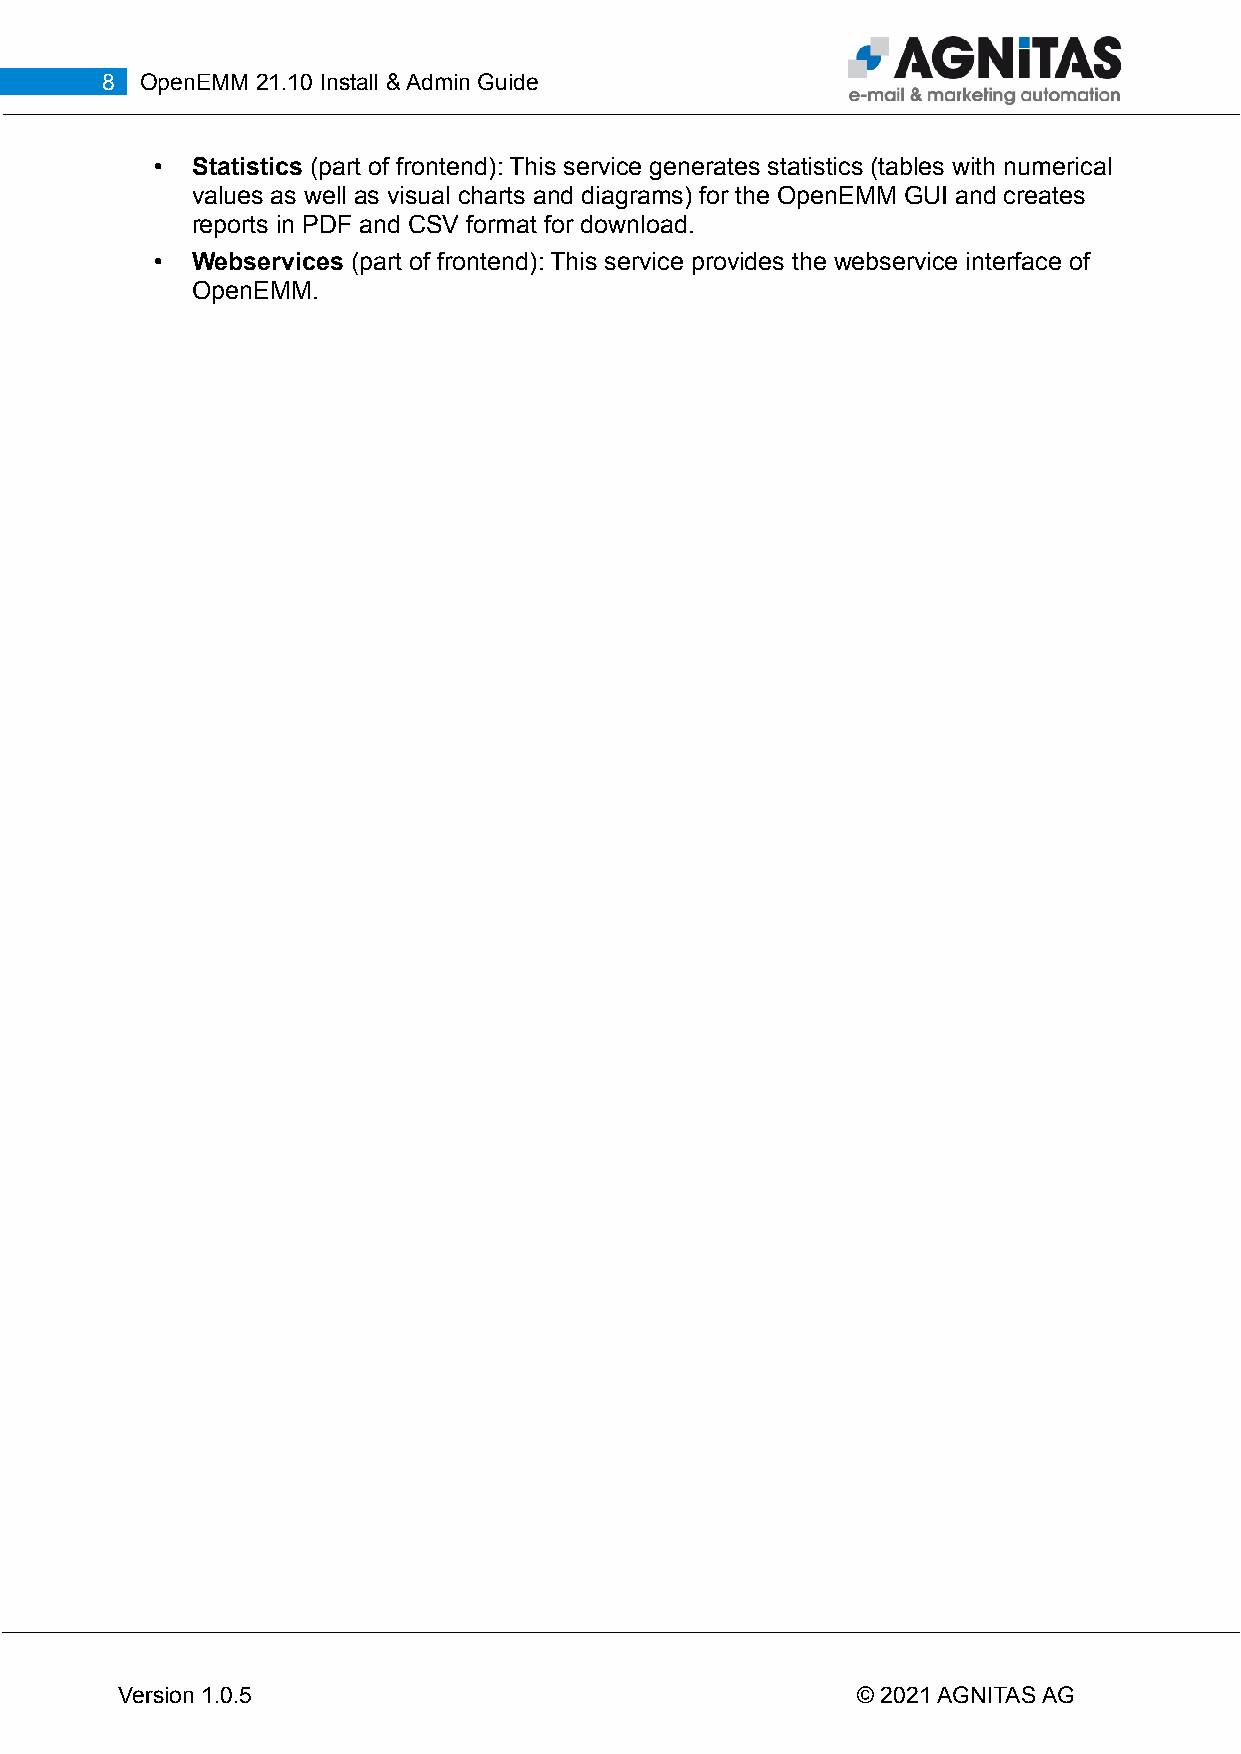
8 OpenEMM 21.10 Install & Admin Guide
 •  Statistics (part of frontend): This service generates statistics (tables with numerical
 values as well as visual charts and diagrams) for the OpenEMM GUI and creates
 reports in PDF and CSV format for download.
 •  Webservices (part of frontend): This service provides the webservice interface of
 OpenEMM.
 Version 1.0.5                                    © 2021 AGNITAS AG